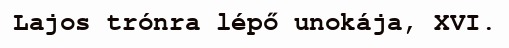
Lajos trónra lépő unokája, XVI.